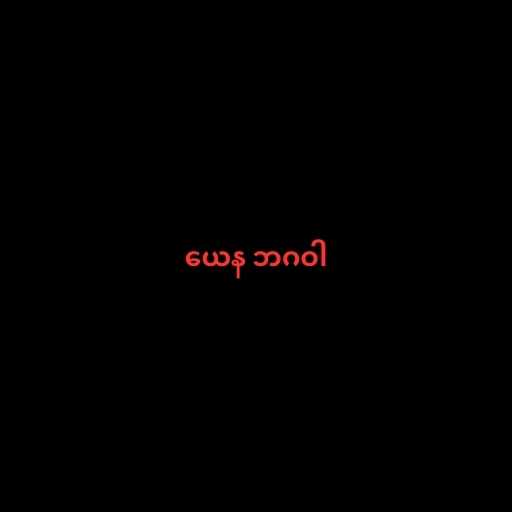
ယေန ဘဂဝါ